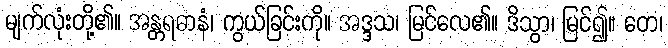
မျက်လုံးတို့၏။ အန္တရဓာနံ၊ ကွယ်ခြင်းကို။ အဒ္ဒသ၊ မြင်လေ၏။ ဒိသွာ၊ မြင်၍။ တေ၊